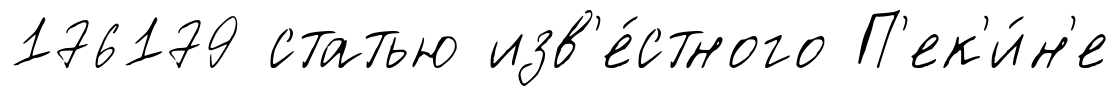
176179 статью изв'е́стного П'ек'и́н'е